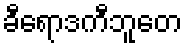
ခီရောဒကီဘူတေ